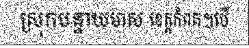
ស្រុកបន្ទាយមាស ខេត្តកំពត។បើ